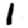
Digit: 1